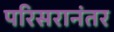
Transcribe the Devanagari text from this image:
परिसरानंतर